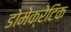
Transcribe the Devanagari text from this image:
डोमेक्रेटिक